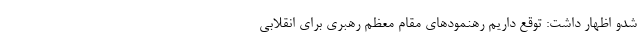
شدو اظهار داشت: توقع داریم رهنمودهای مقام معظم رهبری برای انقلابی